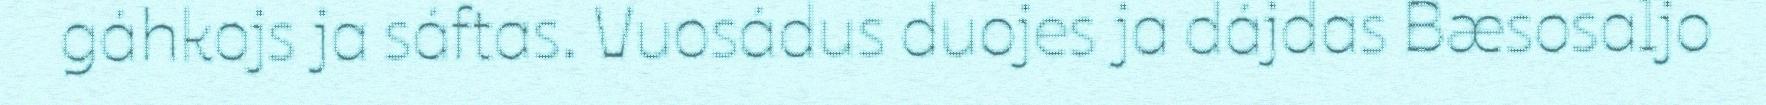
gáhkojs ja sáftas. Vuosádus duojes ja dájdas Bæsosaljo